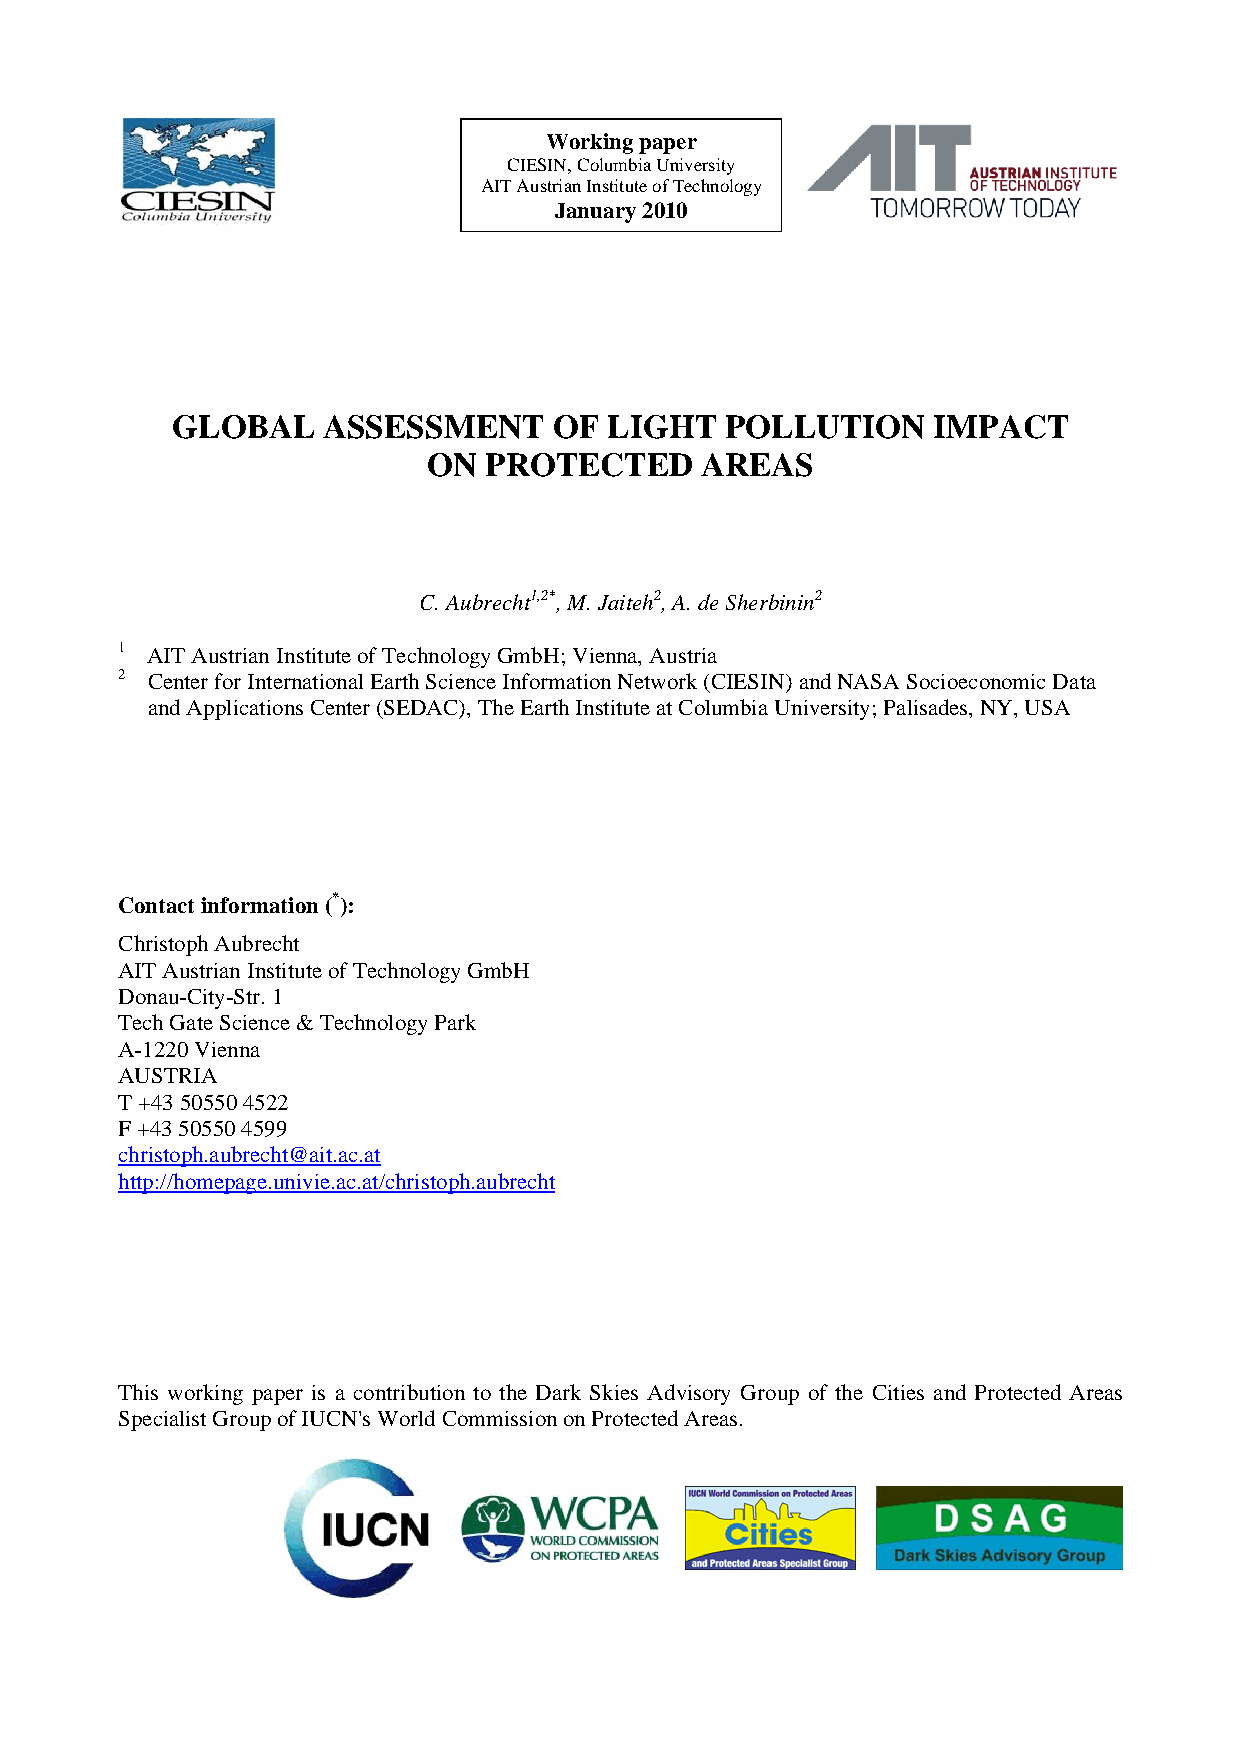
Working paper
 CIESIN, Columbia University
 AIT Austrian Institute of Technology
 January 2010
 GLOBAL    ASSESSMENT      OF LIGHT   POLLUTION     IMPACT
 ON  PROTECTED     AREAS
 C. Aubrecht1,2*, M. Jaiteh2, A. de Sherbinin2
 1 AIT Austrian Institute of Technology GmbH; Vienna, Austria
 2 Center for International Earth Science Information Network (CIESIN) and NASA Socioeconomic Data
 and Applications Center (SEDAC), The Earth Institute at Columbia University; Palisades, NY, USA
 Contact information (*):
 Christoph Aubrecht
 AIT Austrian Institute of Technology GmbH
 Donau-City-Str. 1
 Tech Gate Science & Technology Park
 A-1220 Vienna
 AUSTRIA
 T +43 50550 4522
 F +43 50550 4599
 christoph.aubrecht@ait.ac.at
 http://homepage.univie.ac.at/christoph.aubrecht
 This working paper is a contribution to the Dark Skies Advisory Group of the Cities and Protected Areas
 Specialist Group of IUCN's World Commission on Protected Areas.